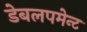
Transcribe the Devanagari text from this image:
डेबलपमेन्ट